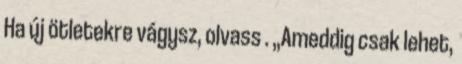
Ha új ötletekre vágysz, olvass . „Ameddig csak lehet,